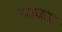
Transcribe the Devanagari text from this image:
यावन